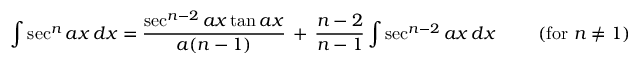
\int \sec ^ { n } { a x } \, d x = { \frac { \sec ^ { n - 2 } { a x } \tan { a x } } { a ( n - 1 ) } } \, + \, { \frac { n - 2 } { n - 1 } } \int \sec ^ { n - 2 } { a x } \, d x \qquad { \mathrm { ~ ( f o r ~ } } n \neq 1 { \mathrm { ) } }